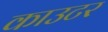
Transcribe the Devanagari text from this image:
काउटर